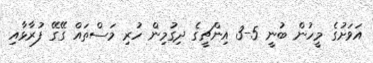
އަވަށުގެ މީހުން ބުނީ 5-3 އިންޗީގެ ދިގުމިން ހުރި މަސްތައް ގޭގޭ ފުރާޅާއި